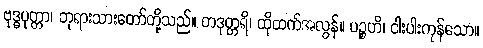
ဗုဒ္ဓပုတ္တာ၊ ဘုရားသားတော်တို့သည်။ တဒုတ္တရိ၊ ထိုထက်အလွန်။ ပဉ္စဟိ၊ ငါးပါးကုန်သော။